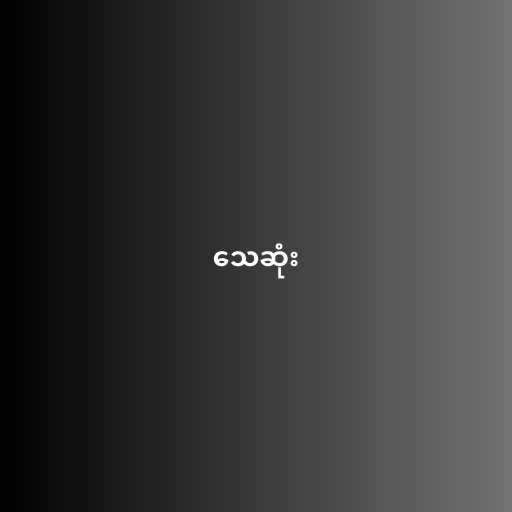
သေဆုံး